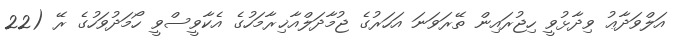
އަލްވަދާޢު ވިދާޅުވީ ހިޖުރައިން ތޭރަވަނަ އަހަރުގެ ޖުމާދަލްއާޚިރާމަހުގެ އެކާވީސްވީ ހޯމަދުވަހުގެ ރޭ (22